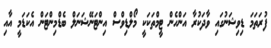
ފުރަތަމަ ޑިވިޝަނުގައި ވާދަކުރާ އަންހެން ޓީމްތަކަކީ މޯލްޑިވްސް އިންޓަނޭޝަނަލް ބެޑްމިންޓަން އެކަޑަމީ އާއި